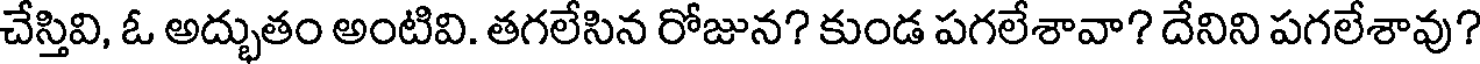
చేస్తివి, ఓ అద్భుతం అంటివి. తగలేసిన రోజున? కుండ పగలేశావా? దేనిని పగలేశావు?